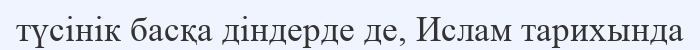
түсінік басқа діндерде де, Ислам тарихында